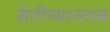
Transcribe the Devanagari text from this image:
शेतीच्याजवळ